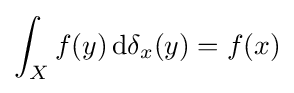
\int _{X}f(y)\,\mathrm {d} \delta _{x}(y)=f(x)